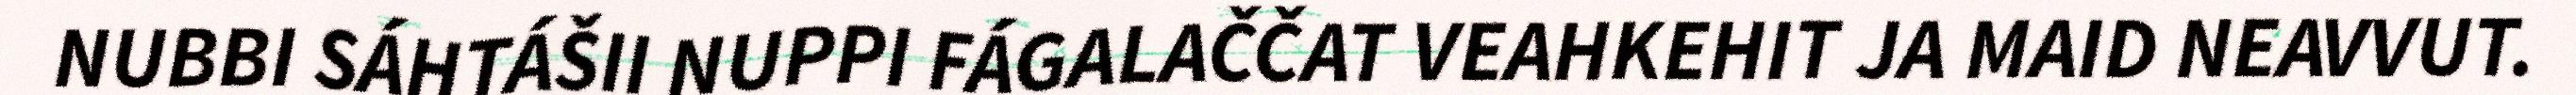
NUBBI SÁHTÁŠII NUPPI FÁGALAČČAT VEAHKEHIT JA MAID NEAVVUT.